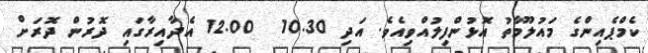
ކެމްޕެއިންގެ މައުލޫމާތު އޮޅުންފިލުއްވިއެވެ. އަދި 10.30  12.00 އެދާއިރާގައި ދޮރުން ދޮރަށް